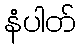
နံပါတ်